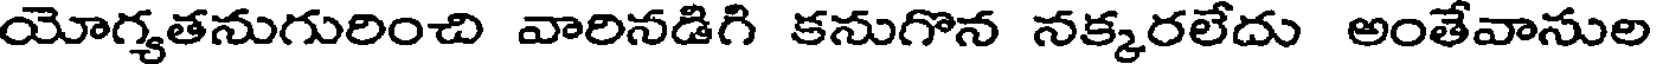
యోగ్యతనుగురించి వారినడిగి కనుగొన నక్కరలేదు అంతేవానుల